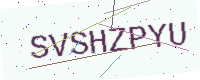
Text: SVSHZPYU